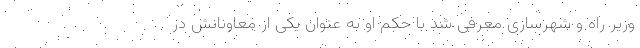
وزیر راه و شهرسازی معرفی شد با حکم او به عنوان یکی از معاونانش در